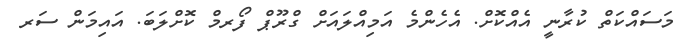
މަސައްކަތް ކުރާނީ އެއްކޮށް. އެހެންމެ އަމިއްލައަށް ގްރޫޕް ފޯރމް ކޮށްލަބަ. އައިމަން ސަރ